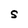
Character: S